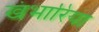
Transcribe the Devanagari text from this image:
खंभारिया